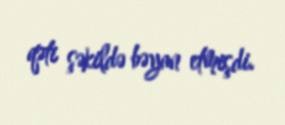
qəti şəkildə bəyan etmişdi.